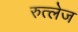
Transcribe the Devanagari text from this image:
रुत्लेज